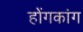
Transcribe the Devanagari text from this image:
होंगकांग